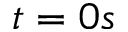
t = 0 s